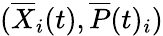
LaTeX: (\overline{{X}}_{i}(t),\overline{{P}}(t)_{i})